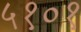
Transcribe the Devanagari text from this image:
५१०१